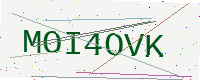
Text: MOI4OVK